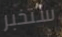
ستخبر